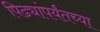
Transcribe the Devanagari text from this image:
पिढ्यांपर्यंतच्या